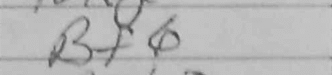
Transcription: Bf6